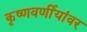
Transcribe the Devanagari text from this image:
कृष्णवर्णीयांवर